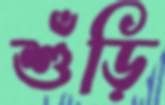
শুঁড়ি